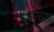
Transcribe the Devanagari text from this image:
पित्यांच्या